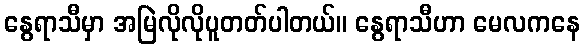
နွေရာသီမှာ အမြဲလိုလိုပူတတ်ပါတယ်။ နွေရာသီဟာ မေလကနေ